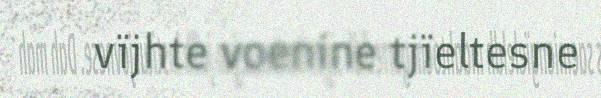
vïjhte voenine tjïeltesne